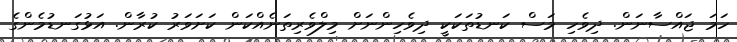
ހަމަ ޖައްސާނަން. ދިވެހި މަސް ކަނޑުތަކަކީ ދިވެހިންނަށް މިލްވެރިތަނެއްކަން ކަށަވަރު ކުރާން. އަޅުގަނޑުމެންގެ